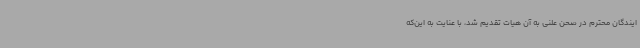
ایندگان محترم در صحن علنی به آن هیات تقدیم شد، با عنایت به این‌که